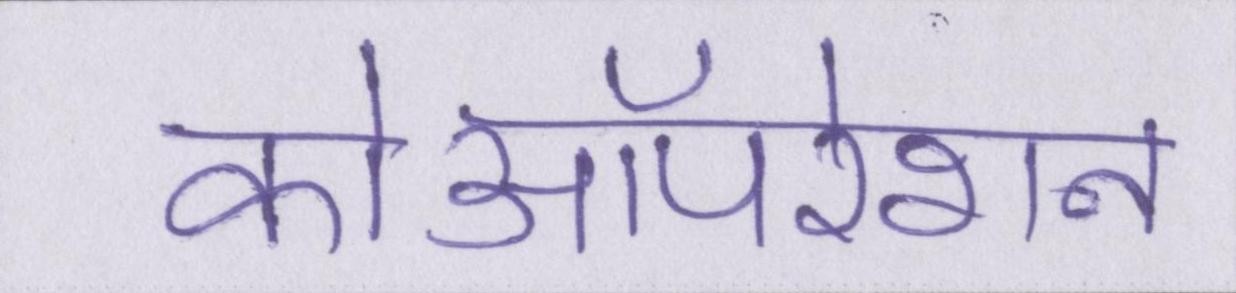
कोऑपरेशन